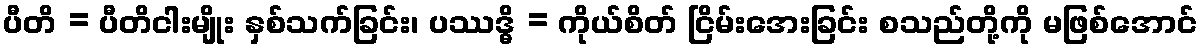
ပီတိ = ပီတိငါးမျိုး နှစ်သက်ခြင်း၊ ပဿဒ္ဓိ = ကိုယ်စိတ် ငြိမ်းအေးခြင်း စသည်တို့ကို မဖြစ်အောင်